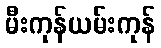
မီးကုန်ယမ်းကုန်